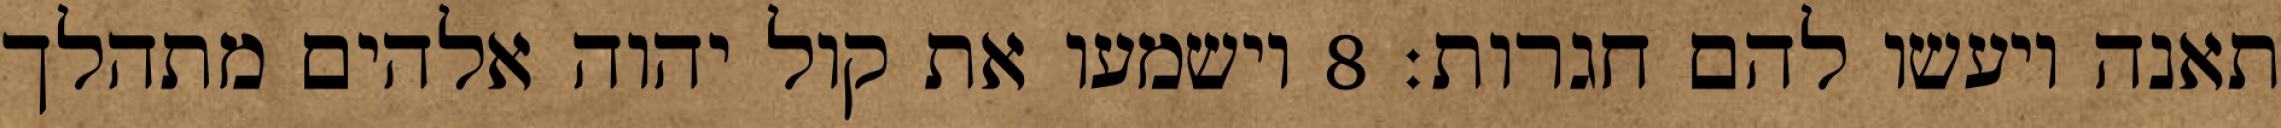
תאנה ויעשו להם חגרות׃ ‎8‏ וישמעו את קול יהוה אלהים מתהלך